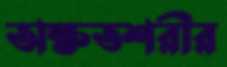
অক্ষতশরীর